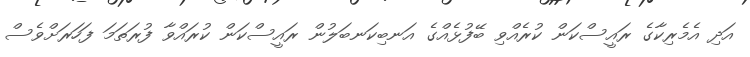
އަދި އެމެރިކާގެ ރައީސްކަން ކުރެއްވި ބޭފުޅެއްގެ އަނބިކަނބަލުން ރައީސްކަން ކުރައްވާ ފުރަތަމަ ފަހަރަށްވެސް